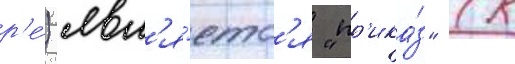
р'е́) явл'я́етс'я "пр'ика́з" (к